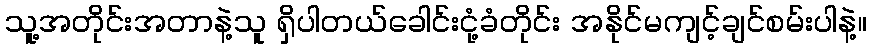
သူ့အတိုင်းအတာနဲ့သူ ရှိပါတယ်ခေါင်းငုံ့ခံတိုင်း အနိုင်မကျင့်ချင်စမ်းပါနဲ့။